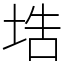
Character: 𡌃